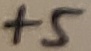
Text: +5